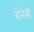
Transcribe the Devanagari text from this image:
रोनेबी